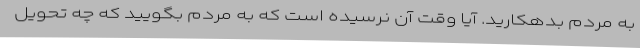
به مردم بدهکارید. آیا وقت آن نرسیده است که به مردم بگویید که چه تحویل